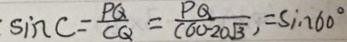
\sin C = \frac { P Q } { C Q } = \frac { P Q } { ( 6 0 - 2 0 \sqrt { 3 } ) } , = \sin 6 0 ^ { \circ }